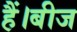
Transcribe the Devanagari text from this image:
हैं।बीज